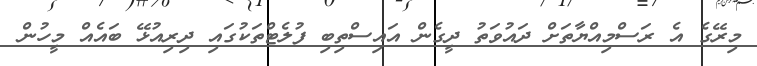
މިރޭގެ އެ ރަސްމިއްޔާތަށް ދައުވަތު ދީގެން އައިސްތިބި ފުލެޓްތަކުގައި ދިރިއުޅޭ ބައެއް މީހުން